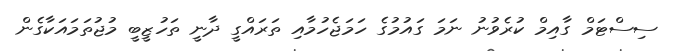
ސިސްޓަމް ގާއިމް ކުރެވުނު ނަމަ ގައުމުގެ ހަމަޖެހުމާއި ތަރައްގީ ދާނީ ތަހުޒީބީ މުޖުތަމައަކާގެން